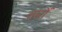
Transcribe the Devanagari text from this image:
तारोँ